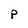
Character: P